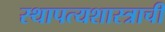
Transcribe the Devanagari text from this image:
स्थापत्यशास्त्राची